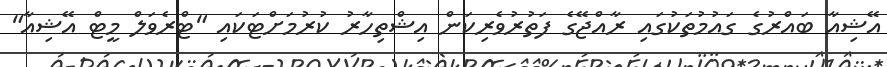
އޭޝިއާ ބައްރުގެ ގައުމުތަކުގައި ރާއްޖޭގެ ފަތުރުވެރިކަން އިޝްތިހާރު ކުރުމަށްޓަކައި "ޓްރެވަލް މީޓް އޭޝިއާ"